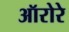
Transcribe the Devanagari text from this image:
ऑरोरे